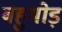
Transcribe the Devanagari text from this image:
बहुमोड़